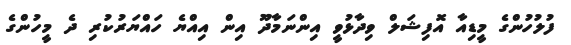
ފުލުހުންގެ މީޑިއާ އޮފިޝަލް ވިދާޅުވީ އިންނަމާދޫ އިން އިއްޔެ ހައްޔަރުކުރި ދެ މީހުންގެ